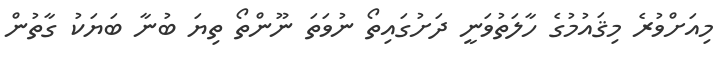
މިއަށްވުރެ މިޤައުމުގެ ހާލަތުވަނީ ދަށުގައިތޯ ނުވަތަ ނޫންތޯ ތިޔަ ބުނާ ބަޔަކު ގާތުން